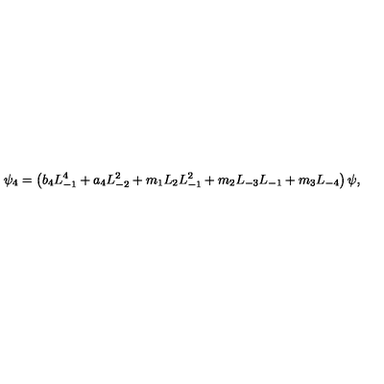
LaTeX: \psi _ { 4 } = \left( b _ { 4 } L _ { - 1 } ^ { 4 } + a _ { 4 } L _ { - 2 } ^ { 2 } + m _ { 1 } L _ { 2 } L _ { - 1 } ^ { 2 } + m _ { 2 } L _ { - 3 } L _ { - 1 } + m _ { 3 } L _ { - 4 } \right) \psi ,